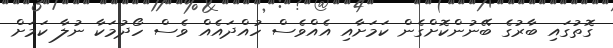
ގޮތުގައި ބާރުގެ ބޭނުންކޮށްގެން ކަމަށާއި އެއްވެސް ހުއްދައެއް ވެސް ހޯދުމަކާ ނުލާ ކަމަށް